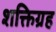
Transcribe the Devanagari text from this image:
शक्तिग्रह